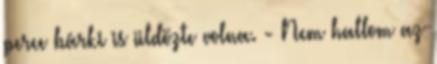
perce bárki is üldözte volna. - Nem hallom az